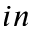
i n